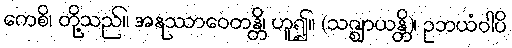
ကေစိ၊ တို့သည်။ အနုဿာဝေတန္တိ၊ ဟူ၍။ (သဇ္ဈာယန္တိ)၊ ဥဘယံဝါပိ